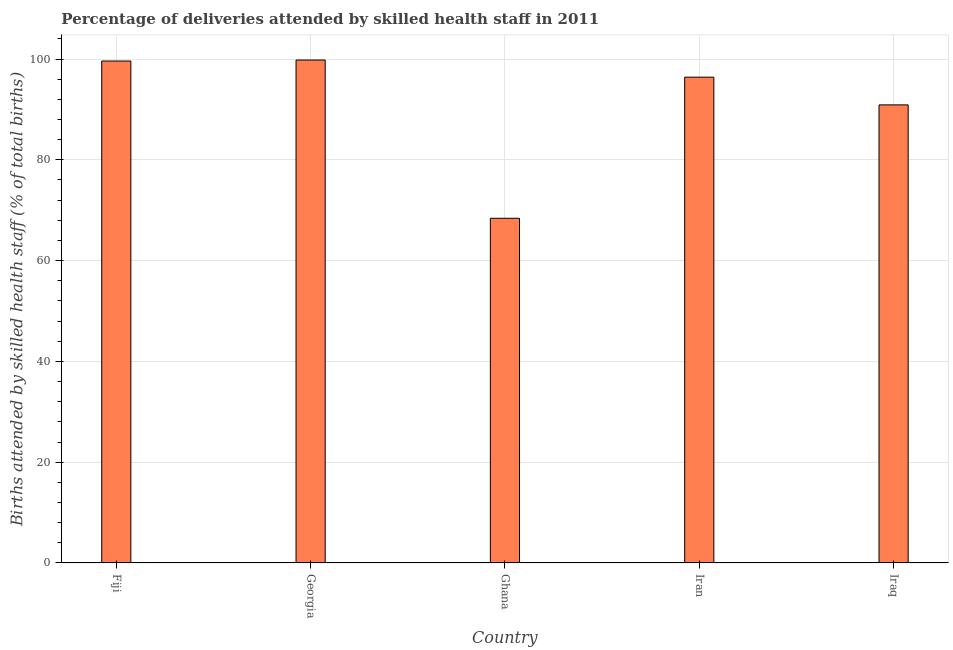
| Country | Births attended by skilled health staff |
 | --- | --- |
 | Fiji | 99.6 |
 | Georgia | 99.8 |
 | Ghana | 68.4 |
 | Iran | 96.4 |
 | Iraq | 90.9 |